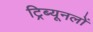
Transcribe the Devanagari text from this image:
ट्रिब्यूनलों